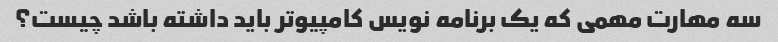
سه مهارت مهمی که یک برنامه نویس کامپیوتر باید داشته باشد چیست؟